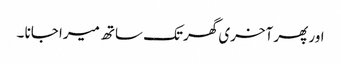
اور پھر آخری گھر تک ساتھ میرا جانا ۔